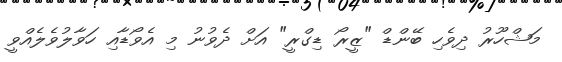
މަޝްހޫރު ދިވެހި ބޭންޑް "ޒީރޯ ޑިގްރީ" އަށް ދެވުނު މި އެވޯޑާއި ހަވާލުވެލެއްވީ